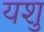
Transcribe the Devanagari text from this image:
यशु